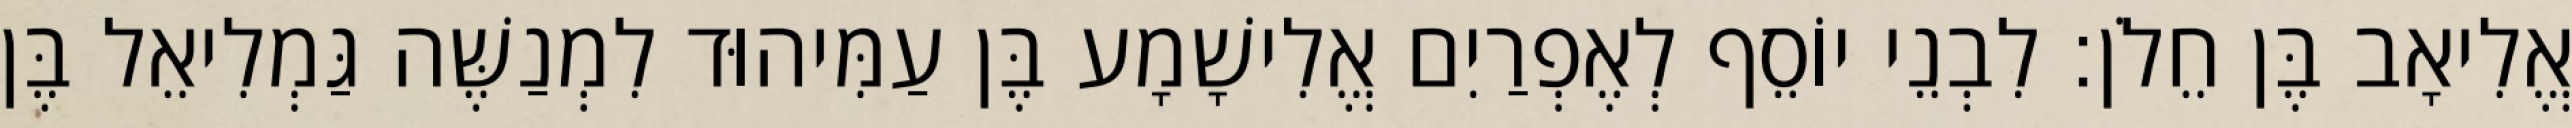
אֱלִיאָב בֶּן חֵלֹן׃ לִבְנֵי יוֹסֵף לְאֶפְרַיִם אֱלִישָׁמָע בֶּן עַמִּיהוּד לִמְנַשֶּׁה גַּמְלִיאֵל בֶּן